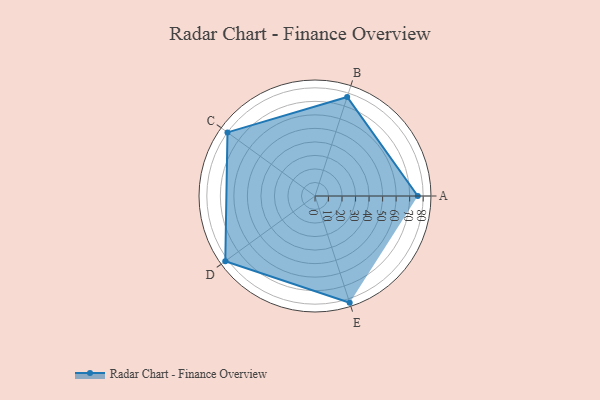
{"axis": {"x": "Skill", "y": "Score"}, "legend": ["Profile"], "data": [{"x": "A", "y": 76.0, "type": "Profile"}, {"x": "B", "y": 77.0, "type": "Profile"}, {"x": "C", "y": 80.0, "type": "Profile"}, {"x": "D", "y": 82.0, "type": "Profile"}, {"x": "E", "y": 83.0, "type": "Profile"}]}